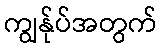
ကျွန်ုပ်အတွက်